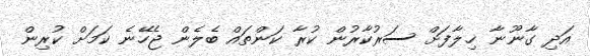
އަދި ގާނޫނާ ޚިލާފަށް ސަރުކާރުން ކުރާ ކަންތައް ބެލެން ޖެހޭނެ ކަމަށް ކުރިން